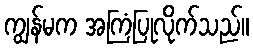
ကျွန်မက အကြံပြုလိုက်သည်။